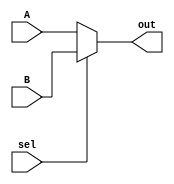
/*
This is the work of Shivam Singhal (200939) and Shrey Wadhawan (200948) and contains the code deliverables for the CS220 Assignment-7.
*/

/*
This document contains the various types of multiplexers used while implementing the processor.
*/

module mux_2to1_32bit(out, A, B, sel);

	output reg [31:0] out;
	input [31:0] A;
	input [31:0] B;
	input sel;

	always@(*) begin
		out = (sel==0) ? A : B;		
	end

endmodule

module mux_2to1_5bit(out, A, B, sel);

	output reg [4:0] out;
	input [4:0] A;
	input [4:0] B;
	input sel;

	always@(*) begin
		out = (sel==0) ? A : B;		
	end

endmodule

module mux_4to1_32bits(out, A, B, C, sel);
	input [1:0] sel;
	input wire [31:0] A, B, C;
	output reg [31:0] out;

	always @(*) begin
		case (sel)
			0: out = A;
			1: out = B;
			2: out = C; 
			default: out = 32'b0;
		endcase
	end
endmodule

module mux_4to1_5bits(out, A, B, sel);
	input [1:0] sel;
	input wire [4:0] A, B;
	output reg [4:0] out;

	always @(*) begin
		case (sel)
			0: out = A;
			1: out = B;
			2: out = 5'b11111; 
			default: out = 5'b0;
		endcase
	end
endmodule